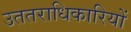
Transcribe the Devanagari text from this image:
उततराधिकारियों